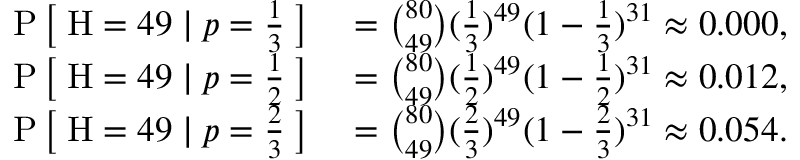
\begin{array} { r l } { \operatorname { P } { \big [ } \; \mathrm { H } = 4 9 \mid p = { \frac { 1 } { 3 } } \; { \big ] } } & { { } = { \binom { 8 0 } { 4 9 } } ( { \frac { 1 } { 3 } } ) ^ { 4 9 } ( 1 - { \frac { 1 } { 3 } } ) ^ { 3 1 } \approx 0 . 0 0 0 , } \\ { \operatorname { P } { \big [ } \; \mathrm { H } = 4 9 \mid p = { \frac { 1 } { 2 } } \; { \big ] } } & { { } = { \binom { 8 0 } { 4 9 } } ( { \frac { 1 } { 2 } } ) ^ { 4 9 } ( 1 - { \frac { 1 } { 2 } } ) ^ { 3 1 } \approx 0 . 0 1 2 , } \\ { \operatorname { P } { \big [ } \; \mathrm { H } = 4 9 \mid p = { \frac { 2 } { 3 } } \; { \big ] } } & { { } = { \binom { 8 0 } { 4 9 } } ( { \frac { 2 } { 3 } } ) ^ { 4 9 } ( 1 - { \frac { 2 } { 3 } } ) ^ { 3 1 } \approx 0 . 0 5 4 . } \end{array}